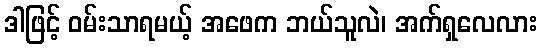
ဒါဖြင့် ဝမ်းသာရမယ့် အဖေက ဘယ်သူလဲ၊ အက်ရှလေလား